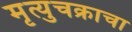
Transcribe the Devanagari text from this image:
मृत्युचक्राचा